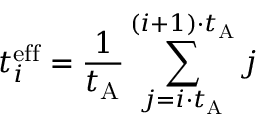
t _ { i } ^ { \mathrm { e f f } } = \frac { 1 } { t _ { \mathrm { A } } } \sum _ { j = i \cdot t _ { \mathrm { A } } } ^ { ( i + 1 ) \cdot t _ { \mathrm { A } } } j